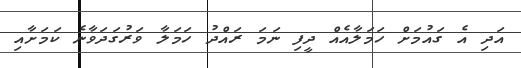
އަދި އެ ގައުމަށް ހަމަލާއެއް ދީފި ނަމަ ރައްދު ހަމަލާ ވަރުގަދަވާނެ ކަމަށާއި